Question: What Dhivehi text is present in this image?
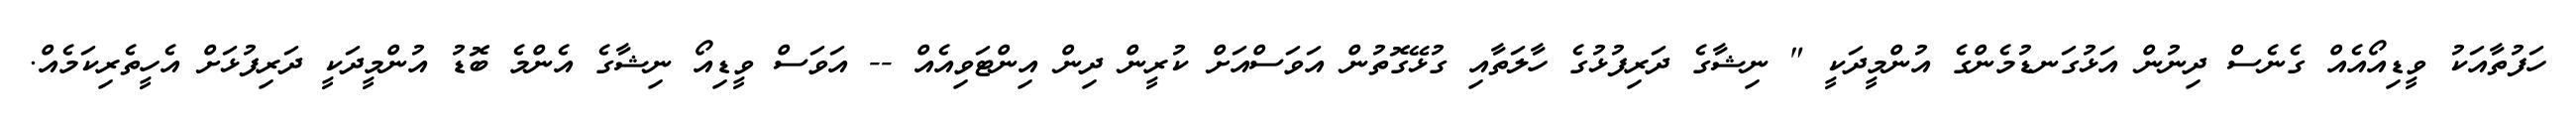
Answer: ހަފުތާއަކު ވީޑިއޯއެއް ގެނެސް ދިނުން އަޅުގަނޑުމެންގެ އުންމީދަކީ " ނިޝާގެ ދަރިފުޅުގެ ހާލަތާއި ގުޅޭގޮތުން އަވަސްއަށް ކުރީން ދިން އިންޓަވިއެއް -- އަވަސް ވީޑިއޯ ނިޝާގެ އެންމެ ބޮޑު އުންމީދަކީ ދަރިފުޅަށް އެހީތެރިކަމެއް.